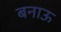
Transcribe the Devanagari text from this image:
बनाऊ